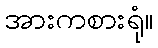
အားကစားရုံ။